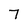
Character: 7